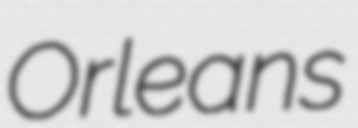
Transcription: Orleans